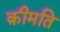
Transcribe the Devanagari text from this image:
क़ीमति